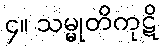
၄။ သမ္မုတိကုဋိ